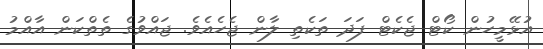
އުޅޭމީހުން ކޯޓް ޖެކެޓް ފަދަ ތަކެތި ލާން ޖެހެއެވެ. ޖައްވުގެ ތެތްކަން އާއްމު